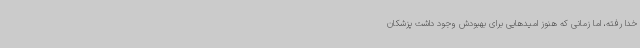
خدا رفته، اما زمانی که هنوز امیدهایی برای بهبودش وجود داشت پزشکان